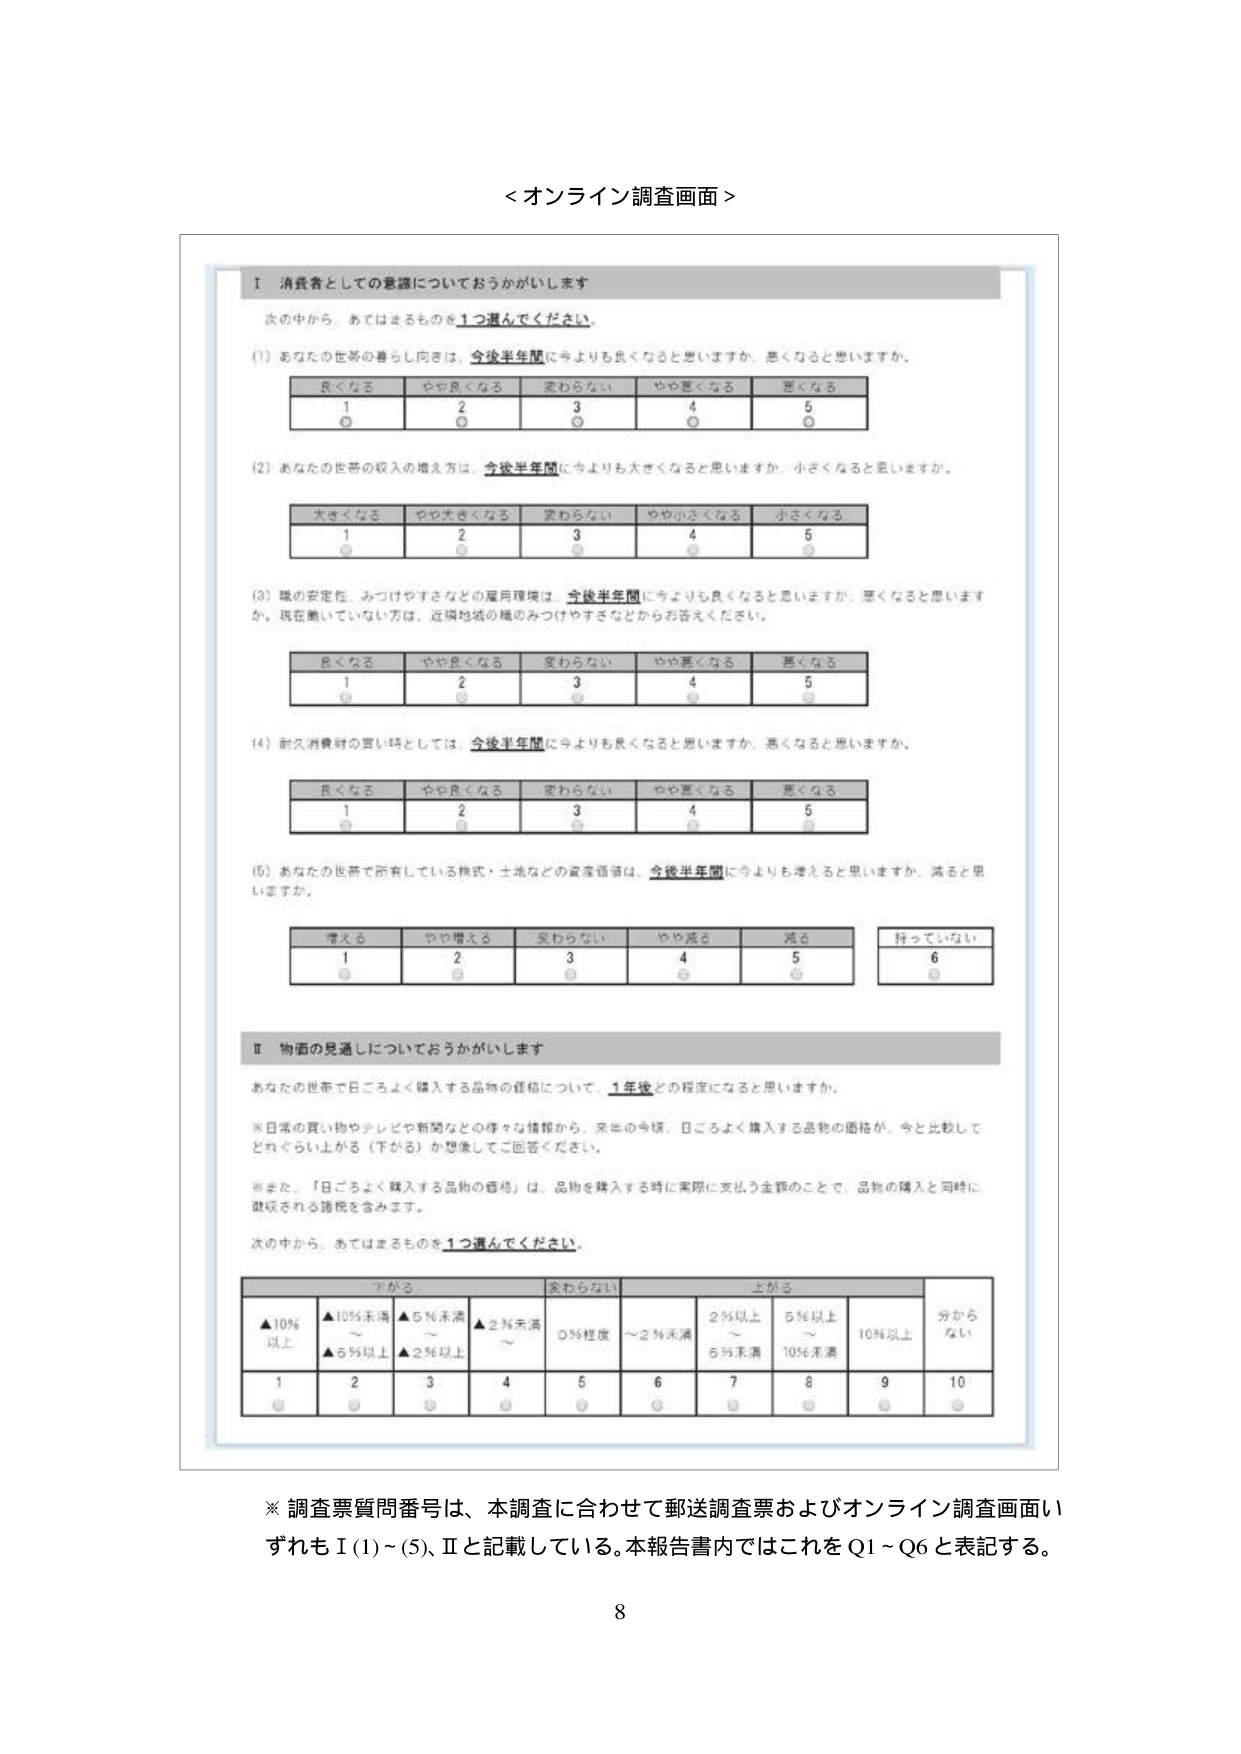
＜オンライン調査画面＞

Ⅰ 消費者としての意識についておうかがいします

次の中から、あてはまるものを1つ選んでください。

(1) あなたの世帯の暮らし向きは、今後半年間に今よりも良くなると思いますか、悪くなると思いますか。

　　良くなる　　やや良くなる　　変わらない　　やや悪くなる　　悪くなる
　　1　　　　　　2　　　　　　　3　　　　　　4　　　　　　　5
　　○　　　　　　○　　　　　　　○　　　　　　○　　　　　　　○

(2) あなたの世帯の収入の増え方は、今後半年間に今よりも大きくなると思いますか、小さくなると思いますか。

　　大きくなる　　やや大きくなる　　変わらない　　やや小さくなる　　小さくなる
　　1　　　　　　2　　　　　　　　3　　　　　　4　　　　　　　　5
　　○　　　　　　○　　　　　　　　○　　　　　　○　　　　　　　　○

(3) 職の安定性、みつけやすさなどの雇用環境は、今後半年間に今よりも良くなると思いますか、悪くなると思いますか。現在働いていない方は、近隣地域の職のみつけやすさなどからお答えください。

　　良くなる　　やや良くなる　　変わらない　　やや悪くなる　　悪くなる
　　1　　　　　　2　　　　　　　3　　　　　　4　　　　　　　5
　　○　　　　　　○　　　　　　　○　　　　　　○　　　　　　　○

(4) 耐久消費財の買い替えとしては、今後半年間に今よりも良くなると思いますか、悪くなると思いますか。

　　良くなる　　やや良くなる　　変わらない　　やや悪くなる　　悪くなる
　　1　　　　　　2　　　　　　　3　　　　　　4　　　　　　　5
　　○　　　　　　○　　　　　　　○　　　　　　○　　　　　　　○

(5) あなたの世帯で所有している株式・土地などの資産価値は、今後半年間に今よりも増えると思いますか、減ると思いますか。

　　増える　　やや増える　　変わらない　　やや減る　　減る　　持っていない
　　1　　　　2　　　　　　3　　　　　　4　　　　5　　　　6
　　○　　　　○　　　　　　○　　　　　　○　　　　○　　　　○

Ⅱ 物価の見通しについておうかがいします

あなたの世帯で日ごろよく購入する品物の価格について、1年後どの程度になると思いますか。

※日常の買い物やテレビや新聞などの様々な情報から、来年の今頃、日ごろよく購入する品物の価格が、今と比較してどれくらい上がる（下がる）か想像してご回答ください。

※また、「日ごろよく購入する品物の価格」は、品物を購入する時に実際に支払う金額のことで、品物の購入と同時に徴収される諸税を含みます。

次の中から、あてはまるものを1つ選んでください。

　　下がる　　　　　変わらない　　　　　上がる
　　▲10％以上　　　▲10％未満～　　　　▲5％未満～　　　　▲2％未満～　　　　○％程度　　　　～2％未満　　　　2％以上～　　　　5％以上～　　　　10％以上　　　　分からない
　　　　　　　　　　▲5％以上　　　　　　▲2％以上　　　　　　　　　　　　　　　　　　　　　　　　5％未満　　　　　　10％未満
　　1　　　　　　　　2　　　　　　　　　　3　　　　　　　　　　4　　　　　　　　5　　　　　　6　　　　　　　　7　　　　　　　　8　　　　　　　　9　　　　　　　　10
　　○　　　　　　　　○　　　　　　　　　　○　　　　　　　　　　○　　　　　　　　○　　　　　　○　　　　　　　　○　　　　　　　　○　　　　　　　　○　　　　　　　　○

※調査票質問番号は、本調査に合わせて郵送調査票およびオンライン調査画面いずれもⅠ(1)～(5)、Ⅱと記載している。本報告書内ではこれをQ1～Q6と表記する。

8